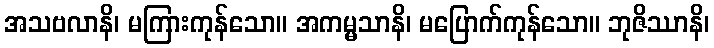
အသဗလာနိ၊ မကြားကုန်သော။ အကမ္မသာနိ၊ မပြောက်ကုန်သော။ ဘုဇိဿာနိ၊